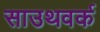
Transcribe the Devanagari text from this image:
साउथवर्क